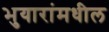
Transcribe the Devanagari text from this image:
भुयारांमधील